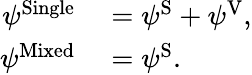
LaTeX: \begin{array}{rl}{\psi^{\mathrm{Single}}}&{{}=\psi^{\mathrm{S}}+\psi^{\mathrm{V}},}\\ {\psi^{\mathrm{Mixed}}}&{{}=\psi^{\mathrm{S}}.}\end{array}